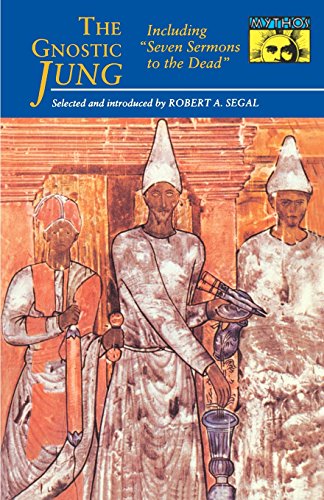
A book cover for The Gnostic Jung; C. G. Jung; Christian Books & Bibles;